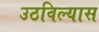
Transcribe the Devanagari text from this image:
उठविल्यास